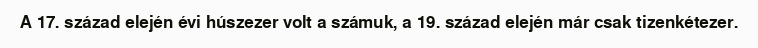
A 17. század elején évi húszezer volt a számuk, a 19. század elején már csak tizenkétezer.